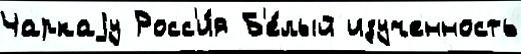
Чаркаjу Росс'и́я Б'е́лый изученность